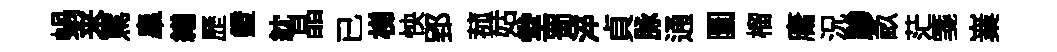
蝸来罵臯繕歷鐙紞晶已梯怏郢菰姑堂蜀淬貞脉通圜榴庸況驂畝茫箋嶪